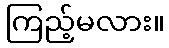
ကြည့်မလား။